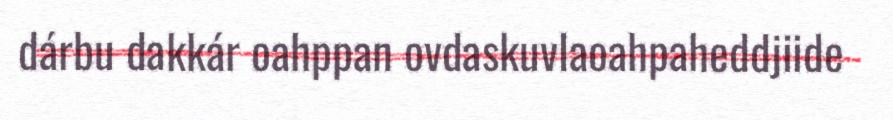
dárbu dakkár oahppan ovdaskuvlaoahpaheddjiide